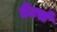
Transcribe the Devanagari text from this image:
डेंटर्स